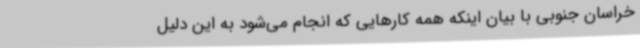
خراسان جنوبی با بیان اینکه همه کارهایی که انجام می‌شود به این دلیل